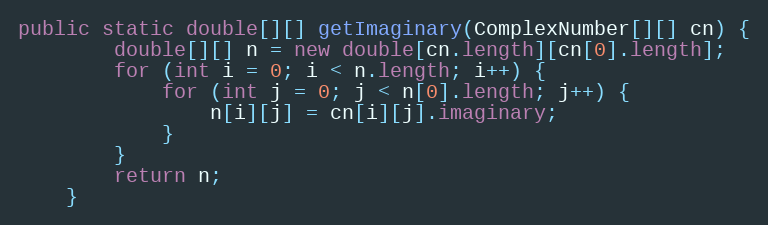
Language: Java
public static double[][] getImaginary(ComplexNumber[][] cn) {
        double[][] n = new double[cn.length][cn[0].length];
        for (int i = 0; i < n.length; i++) {
            for (int j = 0; j < n[0].length; j++) {
                n[i][j] = cn[i][j].imaginary;
            }
        }
        return n;
    }